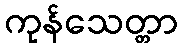
ကုန်သေတ္တာ